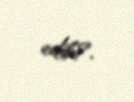
edib?.